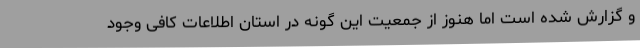
و گزارش شده است اما هنوز از جمعیت این گونه در استان اطلاعات کافی وجود